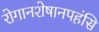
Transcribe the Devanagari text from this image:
रोगानशेषानपहंसि